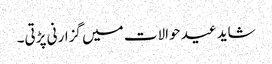
شاید عید حوالات میں گزارنی پڑتی۔